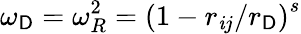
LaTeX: \omega_{\mathsf{D}}=\omega_{R}^{2}=\left(1-r_{\mathit{i}j}/r_{\mathsf{D}}\right)^{s}